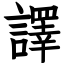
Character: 譯